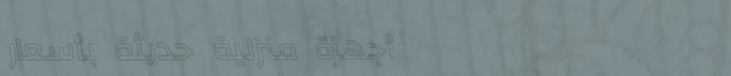
أجهزة منزلية حديثة بأسعار